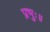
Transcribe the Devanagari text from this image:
प्रभुः॥